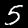
Label: 5